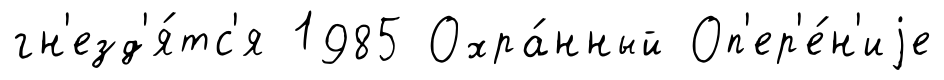
гн'езд'я́тс'я 1985 Охра́нный Оп'ер'е́н'иjе